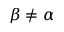
\beta \neq \alpha